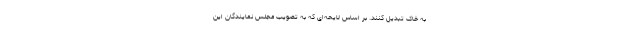
به خاک تبدیل کنند. بر اساس لایحه‌ای که به تصویب مجلس نمایندگان این